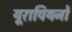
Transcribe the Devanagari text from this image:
यूरापियनों